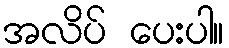
အလိပ် ပေးပါ။